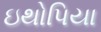
ઇથોપિયા